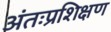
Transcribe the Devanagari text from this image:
अंतःप्रशिक्षण